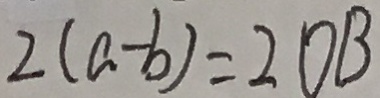
2 ( a - b ) = 2 0 B